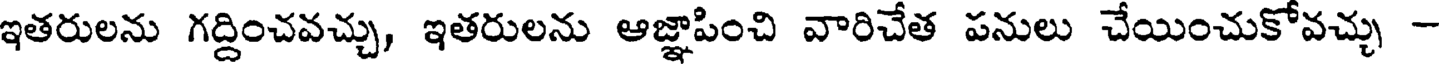
ఇతరులను గద్దించవచ్చు, ఇతరులను ఆజ్ఞాపించి వారిచేత పనులు చేయించుకోవచ్చు -